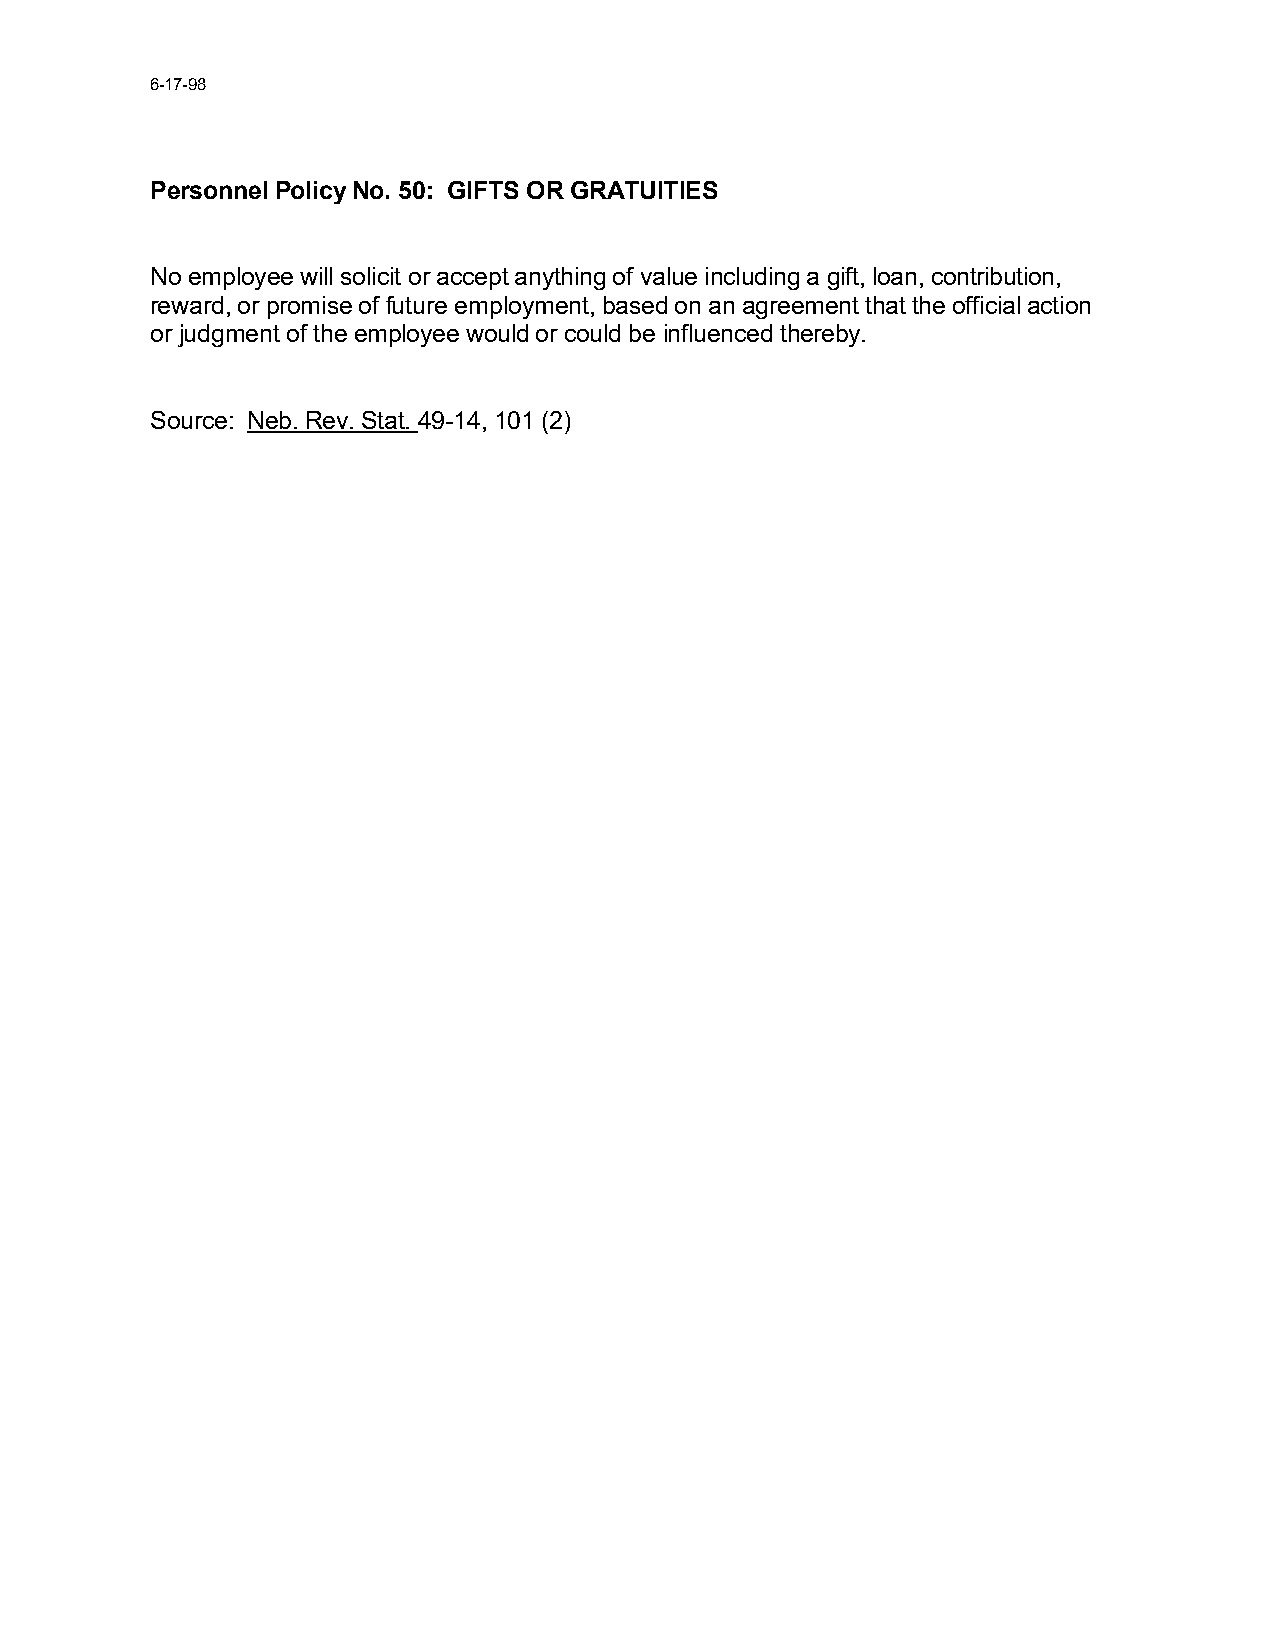
6-17-98
 Personnel Policy No. 50: GIFTS OR GRATUITIES
 No employee will solicit or accept anything of value including a gift, loan, contribution,
 reward, or promise of future employment, based on an agreement that the official action
 or judgment of the employee would or could be influenced thereby.
 Source: Neb. Rev. Stat. 49-14, 101 (2)